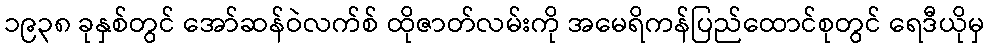
၁၉၃၈ ခုနှစ်တွင် အော်ဆန်ဝဲလက်စ် ထိုဇာတ်လမ်းကို အမေရိကန်ပြည်ထောင်စုတွင် ရေဒီယိုမှ